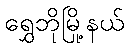
ရွှေဘိုမြို့နယ်